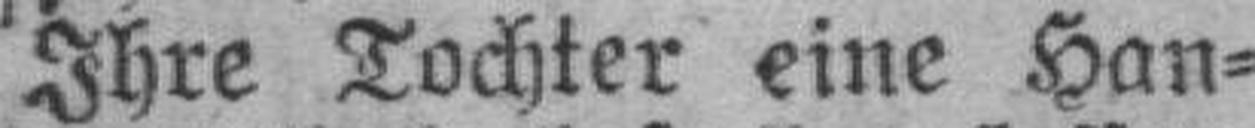
Ihre Tochter eine Han¬